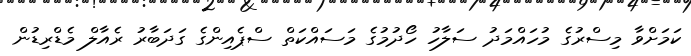
ކަމަށްވާ މިސްރުގެ މުހައްމަދު ސަލާހު ހޯދުމުގެ މަސައްކަތް ސްޕެއިންގެ ގަދަބާރު ރެއާލް މެޑްރިޑުން